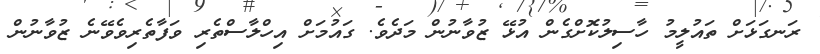
ރަނގަޅަށް ތައުލީމު ހާސިލުކޮށްގެން އުޅޭ ޒުވާނުން މަދެވެ. ގައުމަށް އިހްލާސްތެރި ވަފާތެރިވެވޭނެ ޒުވާނުން